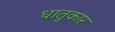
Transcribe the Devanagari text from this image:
धातुकार